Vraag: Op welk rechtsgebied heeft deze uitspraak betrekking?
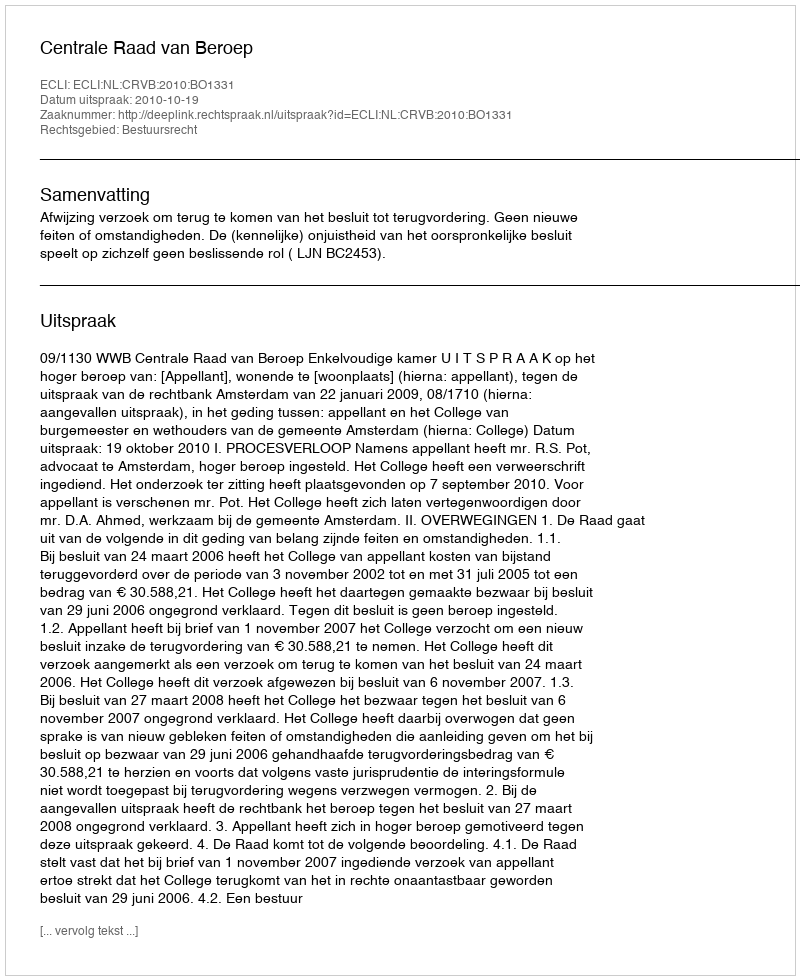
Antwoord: Bestuursrecht